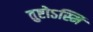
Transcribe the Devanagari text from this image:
तुष्टोऽस्मि